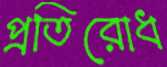
প্রতিরোধ